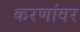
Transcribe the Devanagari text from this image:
करणांवर